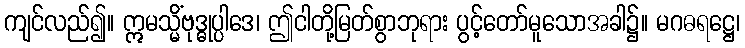
ကျင်လည်၍။ ဣမသ္မိံဗုဒ္ဓုပ္ပါဒေ၊ ဤငါတို့မြတ်စွာဘုရား ပွင့်တော်မူသောအခါ၌။ မဂဓရဋ္ဌေ၊